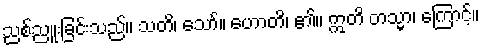
ညစ်ညူးခြင်းသည်။ သတိ၊ သော်။ ဟောတိ၊ ၏။ ဣတိ တသ္မာ၊ ကြောင့်။